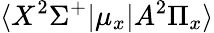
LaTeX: \langle X^{2}\Sigma^{+}|\mu_{x}|A^{2}\Pi_{x}\rangle